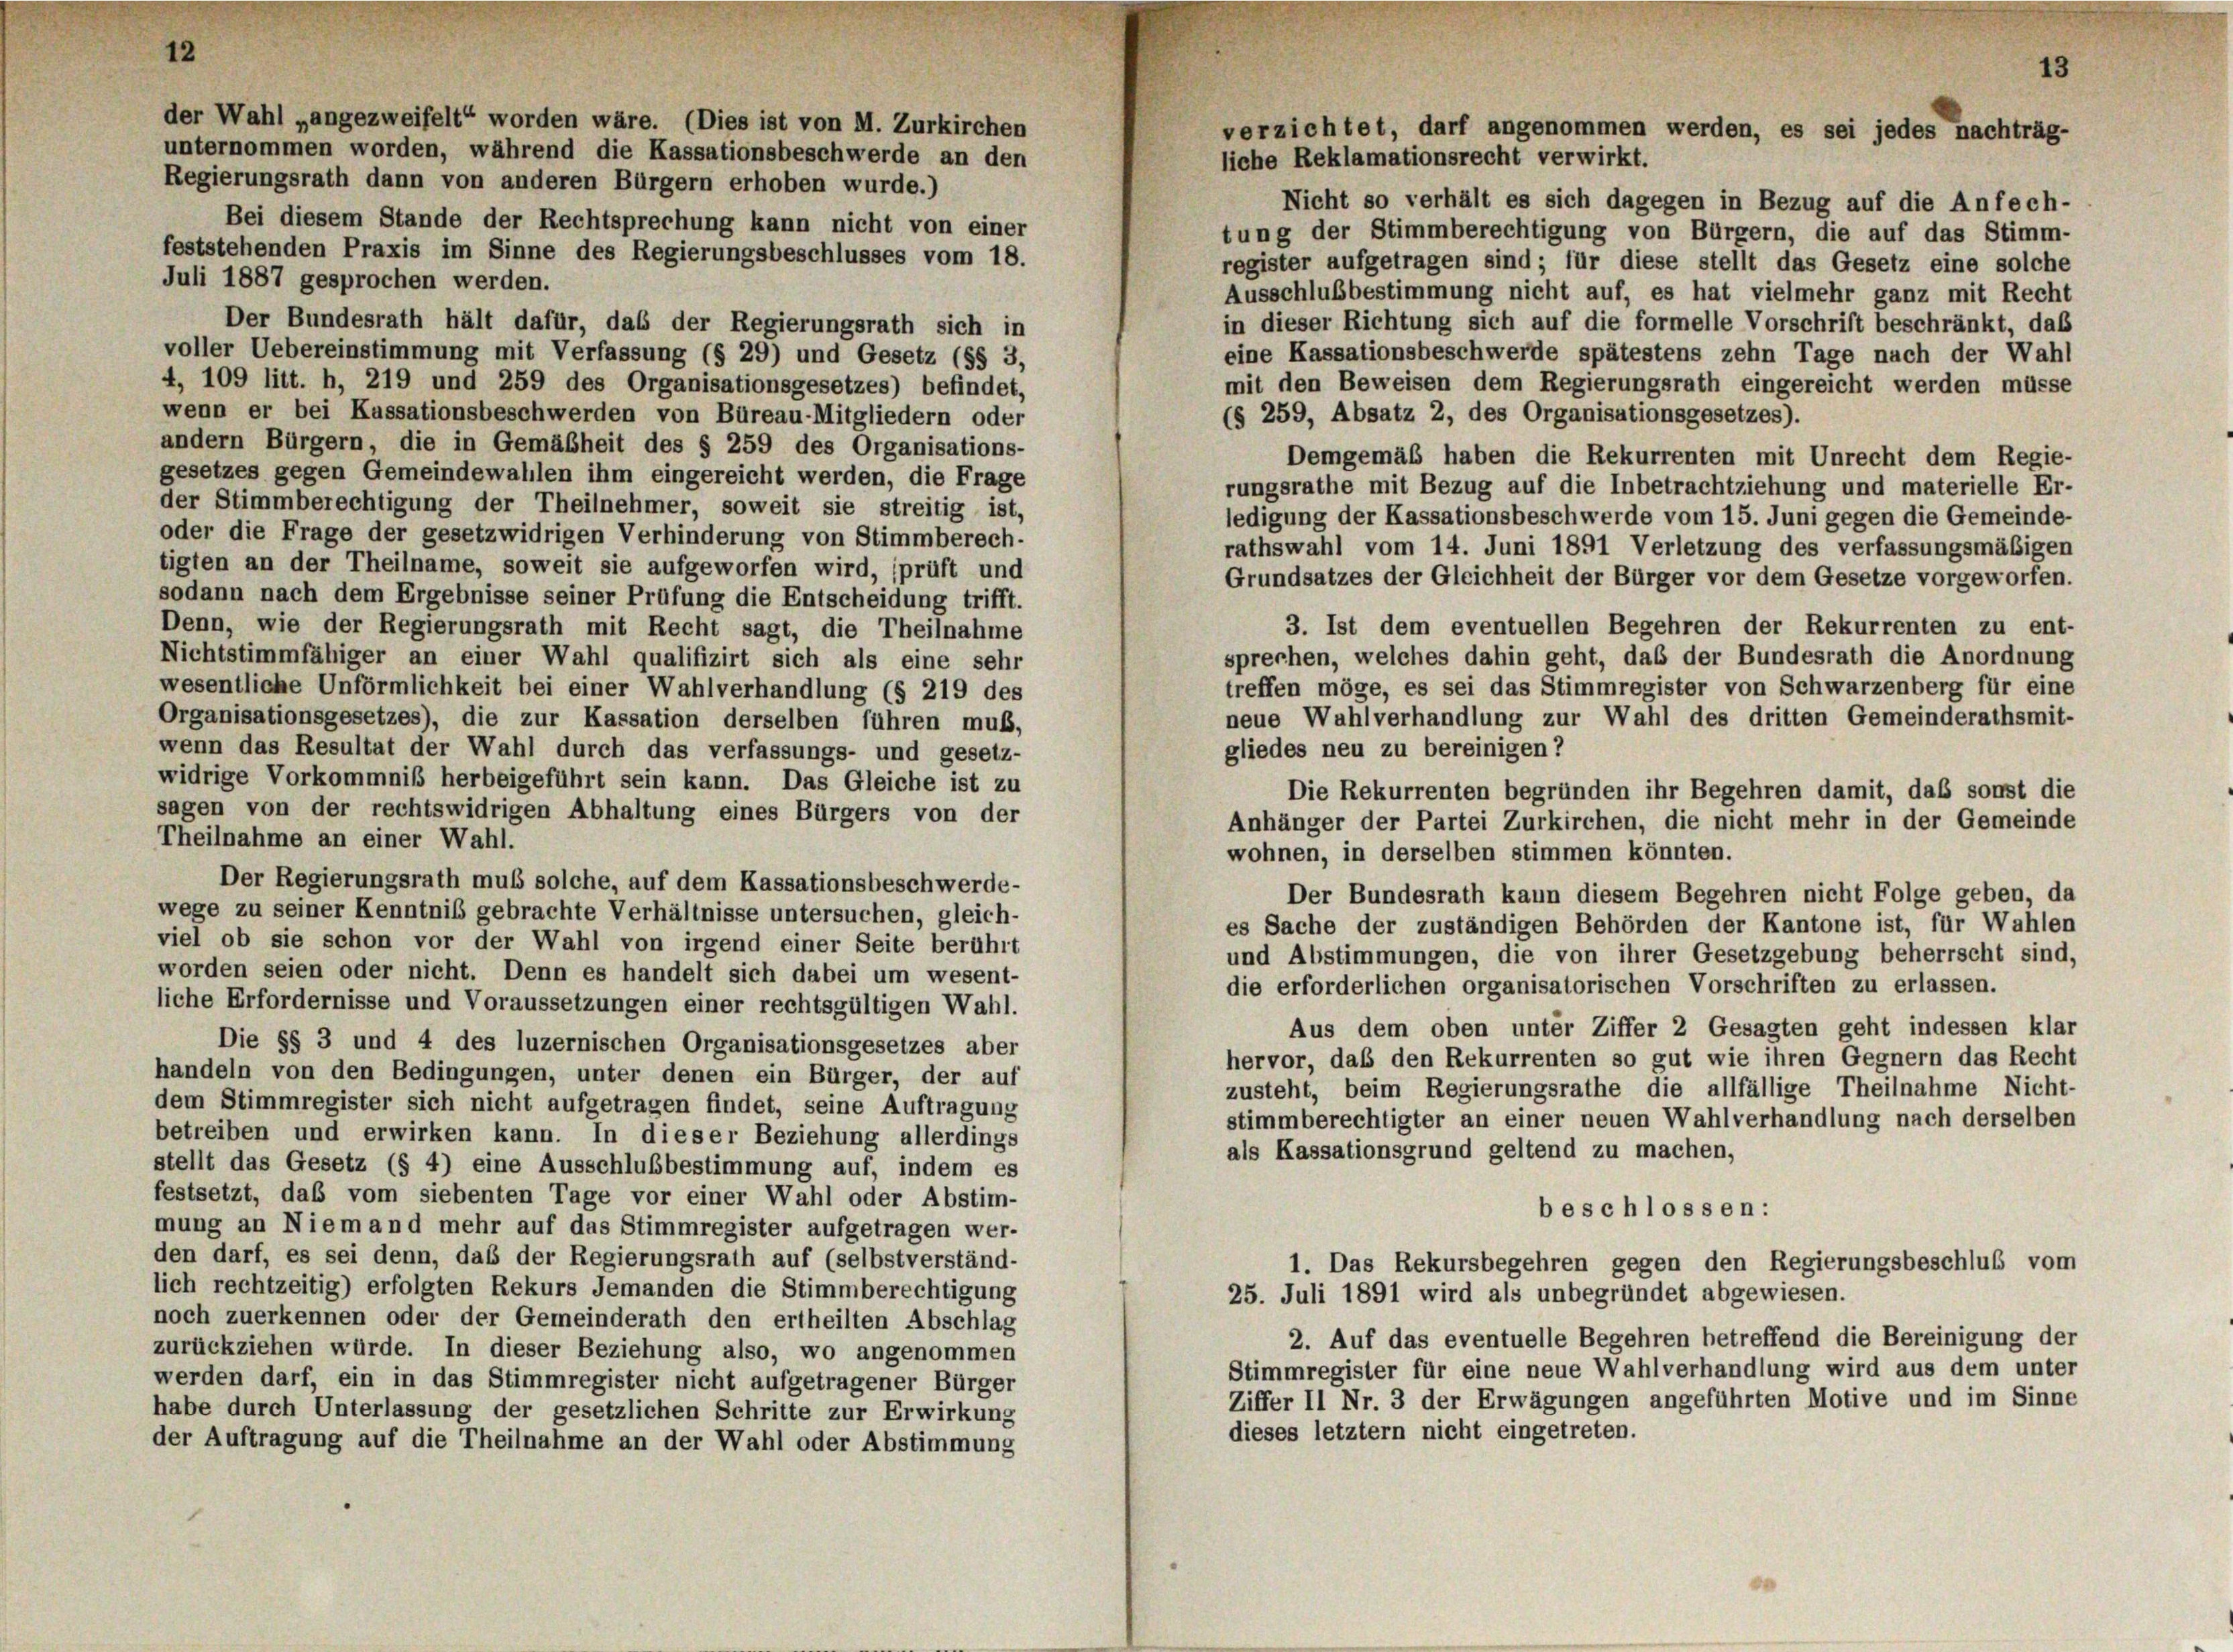
12

der Wahl „angezweifelt“ worden wäre. (Dies ist von M. Zurkirchen
unternommen worden, während die Kassationsbeschwerde an den

Regierungsrath dann von anderen Bürgern erhoben wurde.)
Nicht so verhält es sich dagegen in Bezug auf die Anfech-
Bei diesem Stande der Rechtsprechung kann nicht von einer
tung der Stimmberechtigung von Bürgern, die auf das Stimm-
feststehenden Praxis im Sinne des Regierungsbeschlusses vom 18.
register aufgetragen sind ; für diese stellt das Gesetz eine solche
Juli 1887 gesprochen werden.
Ausschlußbestimmung nicht auf, es hat vielmehr ganz mit Recht
Der Bundesrath hält dafür, das der Regierungsrath sich in
in dieser Richtung sich auf die formelle Vorschrift beschränkt, daß
voller Uebereinstimmung mit Verfassung (§ 29) und Gesetz (§§ 3,
eine Kassationsbeschwerde spätestens zehn Tage nach der Wahl
4, 109 litt. h, 219 und 259 des Organisationsgesetzes) befindet,
mit den Beweisen dem Regierungsrath eingereicht werden müsse
wenn er bei Kussationsbeschwerden von Büreau-Mitgliedern oder
(§ 259, Absatz 2, des Organisationsgesetzes).
andern Bürgern, die in Gemäßheit des § 259 des Organisations-
Demgemäß haben die Rekurrenten mit Unrecht dem Regie-
gesetzes gegen Gemeindewahlen ihm eingereicht werden, die Frage
rungsrathe mit Bezug auf die Inbetrachtziehung und materielle Er-
der Stimmberechtigung der Theilnehmer, soweit sie streitig ist,
ledigung der Kassationsbeschwerde vom 15. Juni gegen die Gemeinde-
oder die Frage der gesetzwidrigen Verhinderung von Stimmberech-
rathswahl vom 14. Juni 1891 Verletzung des verfassungsmäßigen
tigten an der Theilname, soweit sie aufgeworfen wird, sprüft und
Grundsatzes der Gleichheit der Bürger vor dem Gesetze vorgeworfen.
sodann nach dem Ergebnisse seiner Prüfung die Entscheidung trifft.
3. Ist dem eventuellen Begehren der Rekurrenten zu ent-
Denn, wie der Regierungsrath mit Recht sagt, die Theilnahme
sprechen, welches dahin geht, daß der Bundesrath die Anordnung
Nichtstimmfähiger an einer Wahl qualifizirt sich als eine sehr
treffen möge, es sei das Stimmregister von Schwarzenberg für eine
wesentliche Unförmlichkeit bei einer Wahlverhandlung (§ 219 des
neue Wahlverhandlung zur Wahl des dritten Gemeinderathsmit-
Organisationsgesetzes), die zur Kassation derselben führen muß,
gliedes neu zu bereinigen?
wenn das Resultat der Wahl durch das verfassungs- und gesetz-
widrige Vorkommniß herbeigeführt sein kann. Das Gleiche ist zu
Die Rekurrenten begründen ihr Begehren damit, daß sonst die
sagen von der rechtswidrigen Abhaltung eines Bürgers von der
Anhänger der Partei Zurkirchen, die nicht mehr in der Gemeinde
Theilnahme an einer Wahl.
wohnen, in derselben stimmen könnten.
Der Regierungsrath muß solche, auf dem Kassationsbeschwerde-
Der Bundesrath kann diesem Begehren nicht Folge geben, da
wege zu seiner Kenntniß gebrachte Verhältnisse untersuchen, gleich-
es Sache der zuständigen Behörden der Kantone ist, für Wahlen
viel ob sie schon vor der Wahl von irgend einer Seite berührt
und Abstimmungen, die von ihrer Gesetzgebung beherrscht sind.
worden seien oder nicht. Denn es handelt sich dabei um wesent-
die erforderlichen organisatorischen Vorschriften zu erlassen.
liche Erfordernisse und Voraussetzungen einer rechtsgültigen Wahl-
Aus dem oben unter Ziffer 2 Gesagten geht indessen klar
Die §§ 3 und 4 des luzernischen Organisationsgesetzes aber
hervor, daß den Rekurrenten so gut wie ihren Gegnern das Recht
handeln von den Bedingungen, unter denen ein Bürger, der auf
zusteht, beim Regierungsrathe die allfällige Theilnahme Nicht-
dem Stimmregister sich nicht aufgetragen findet, seine Auftragung
stimmberechtigter an einer neuen Wahlverhandlung nach derselben
betreiben und erwirken kann. In dieser Beziehung allerdings
als Kassationsgrund geltend zu machen,
stellt das Gesetz (§ 4) eine Ausschlußbestimmung auf, indem es
festsetzt, daß vom siebenten Tage vor einer Wahl oder Abstim-
beschlossen:
mung an Niemand mehr auf das Stimmregister aufgetragen wer-
den darf, es sei denn, daß der Regierungsrath auf (selbstverständ-
1. Das Rekursbegehren gegen den Regierungsbeschluß vom
lich rechtzeitig) erfolgten Rekurs Jemanden die Stimmberechtigung
25. Juli 1891 wird als unbegründet abgewiesen.
noch zuerkennen oder der Gemeinderath den ertheilten Abschlag
2. Auf das eventuelle Begehren betreffend die Bereinigung der
zurückziehen würde. In dieser Beziehung also, wo angenommen
Stimmregister für eine neue Wahlverhandlung wird aus dem unter
werden darf, ein in das Stimmregister nicht aufgetragener Bürger
Ziffer II Nr. 3 der Erwägungen angeführten Motive und im Sinne
habe durch Unterlassung der gesetzlichen Schritte zur Erwirkung
dieses letztem nicht eingetreten.
der Auftragung auf die Theilnahme an der Wahl oder Abstimmung

verzichtet, darf angenommen werden, es sei jedes nachträg-
liche Reklamationsrecht verwirkt.

13